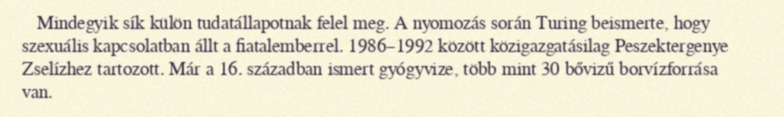
Mindegyik sík külön tudatállapotnak felel meg. A nyomozás során Turing beismerte, hogy szexuális kapcsolatban állt a fiatalemberrel. 1986–1992 között közigazgatásilag Peszektergenye Zselízhez tartozott. Már a 16. században ismert gyógyvize, több mint 30 bővizű borvízforrása van.